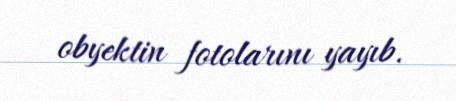
obyektin fotolarını yayıb.